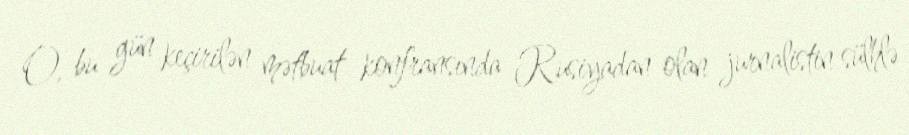
O, bu gün keçirilən mətbuat konfransında Rusiyadan olan jurnalistin sülhlə